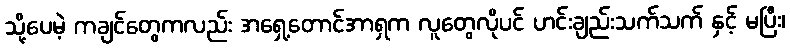
သို့ပေမဲ့ ကချင်တွေကလည်း အရှေ့တောင်အာရှက လူတွေလိုပင် ဟင်းချည်းသက်သက် နှင့် မပြီး၊